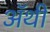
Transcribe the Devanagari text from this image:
अॅथी